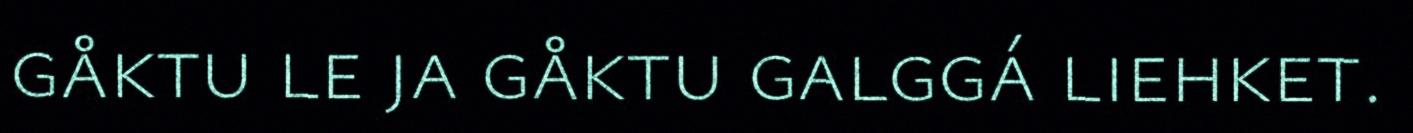
gåktu le ja gåktu galggá liehket.